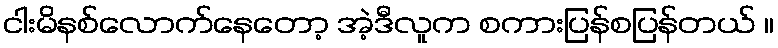
ငါးမိနစ်လောက်နေတော့ အဲ့ဒီလူက စကားပြန်စပြန်တယ် ။